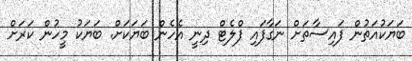
ބަޔަކުއަތުން ފައިސާތަށް ނަގާފައި ފްލެޓް ދިނީ އެހެން ބަޔަކަށް. ބަޔަކު މީހުން ކަރަށް